Annual administration and progress report of the Indian Medical Department, Bombay
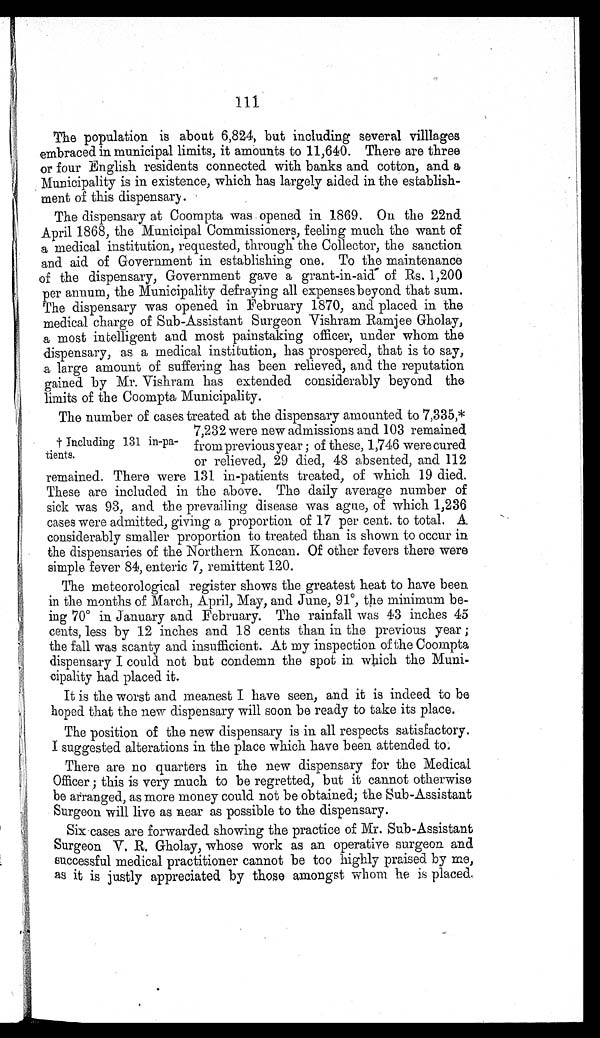
111
The population is about 6,824, but including several villlages
embraced in municipal limits, it amounts to 11,640. There are three
or four English residents connected with banks and cotton, and a
Municipality is in existence, which has largely aided in the establish-
ment of this dispensary.
The dispensary at Coompta was opened in 1869. On the 22nd
April 1868, the Municipal Commissioners, feeling much the want of
a medical institution, requested, through the Collector, the sanction
and aid of Government in establishing one. To the maintenance
of the dispensary, Government gave a grant-in-aid of Rs. 1,200
per annum, the Municipality defraying all expenses beyond that sum.
The dispensary was opened in February 1870, and placed in the
medical charge of Sub-Assistant Surgeon Vishram Ramjee Gholay,
a most intelligent and most painstaking officer, under whom the
dispensary, as a medical institution, has prospered, that is to say,
a large amount of suffering has been relieved, and the reputation
gained by Mr. Vishram has extended considerably beyond the
limits of the Coompta Municipality.
The number of cases treated at the dispensary amounted to 7,335,*
7,232 were new admissions and 103 remained
† Including 131 in-pa-
tients.
from previous year; of these, 1,746 were cured
or relieved, 29 died, 48 absented, and 112
remained. There were 131 in-patients treated, of which 19 died.
These are included in the above. The daily average number of
sick was 93, and the prevailing disease was ague, of which 1,236
cases were admitted, giving a proportion of 17 per cent. to total. A
considerably smaller proportion to treated than is shown to occur in
the dispensaries of the Northern Koncan. Of other fevers there were
simple fever 84, enteric 7, remittent 120.
The meteorological register shows the greatest heat to have been
in the months of March, April, May, and June, 91º, the minimum be-
ing 70º in January and February. The rainfall was 43 inches 45
cents, less by 12 inches and 18 cents than in the previous year;
the fall was scanty and insufficient. At my inspection of the Coompta
dispensary I could not but condemn the spot in which the Muni-
cipality had placed it.
It is the worst and meanest I have seen, and it is indeed to be
hoped that the new dispensary will soon be ready to take its place.
The position of the new dispensary is in all respects satisfactory.
I suggested alterations in the place which have been attended to.
There are no quarters in the new dispensary for the Medical
Officer; this is very much to be regretted, but it cannot otherwise
be arranged, as more money could not be obtained; the Sub-Assistant
Surgeon will live as near as possible to the dispensary.
Six cases are forwarded showing the practice of Mr. Sub-Assistant
Surgeon V. R. Gholay, whose work as an operative surgeon and
successful medical practitioner cannot be too highly praised by me,
as it is justly appreciated by those amongst whom he is placed.